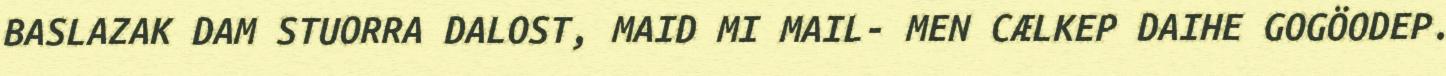
BASLAZAK DAM STUORRA DALOST, MAID MI MAIL- MEN CÆLKEP DAIHE GOGÖODEP.